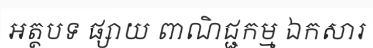
អត្ថបទ ផ្សាយ ពាណិជ្ជកម្ម ឯកសារ